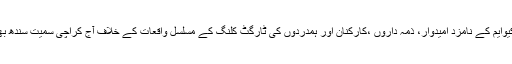
تفصیلات کے مطابق ایم کیوایم کے نامزد امیدوار، ذمہ داروں ،کارکنان اور ہمدردوں کی ٹارگٹ کلنگ کے مسلسل واقعات کے خلاف آج کراچی سمیت سندھ بھر میں یوم سوگ منایا گیا۔